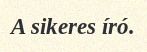
A sikeres író.